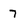
Character: 7